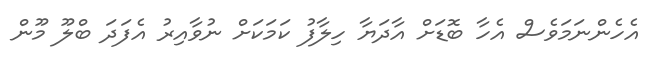
އެހެންނަމަވެސް އެހާ ބޮޑަށް އާދަޔާ ހިލާފު ކަމަކަށް ނުވާއިރު އެފަދަ ބްލޫ މޫން